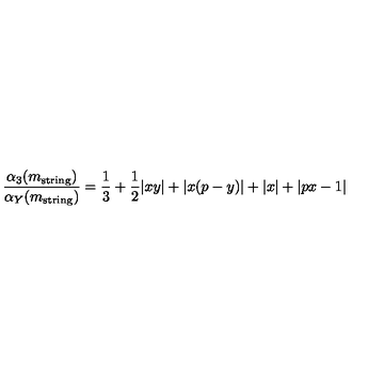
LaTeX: \frac { \alpha _ { 3 } ( m _ { \mathrm { s t r i n g } } ) } { \alpha _ { Y } ( m _ { \mathrm { s t r i n g } } ) } = \frac { 1 } { 3 } + \frac { 1 } { 2 } | x y | + | x ( p - y ) | + | x | + | p x - 1 |